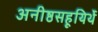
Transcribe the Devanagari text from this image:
अनीष्ठसहूयिर्थे